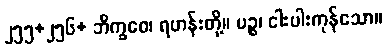
၂၅၅+၂၅၆+ ဘိက္ခဝေ၊ ရဟန်းတို့။ ပဉ္စ၊ ငါးပါးကုန်သော။